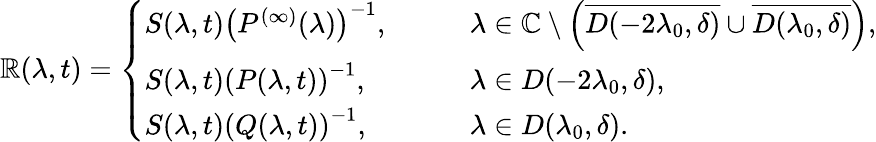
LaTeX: \mathbb{R}(\lambda,t)=\left\{ \begin{array}{ll}{S(\lambda,t)\left(P^{(\infty)}(\lambda)\right)^{-1},}&{\qquad\lambda\in\mathbb{C}\setminus\left(\overline{{D(-2\lambda_{0},\delta)}}\cup\overline{{D(\lambda_{0},\delta)}}\right),}\\ {S(\lambda,t)\left(P(\lambda,t)\right)^{-1},}&{\qquad\lambda\in D(-2\lambda_{0},\delta),}\\ {S(\lambda,t)\left(Q(\lambda,t)\right)^{-1},}&{\qquad\lambda\in D(\lambda_{0},\delta).}\end{array}\right.